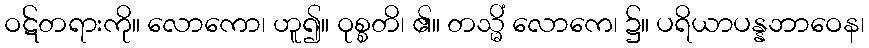
ဝဋ်တရားကို။ လောကော၊ ဟူ၍။ ဝုစ္စတိ၊ ၏။ တသ္မိံ လောကေ၊ ၌။ ပရိယာပန္နဘာဝေန၊